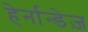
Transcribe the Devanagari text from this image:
हेर्नान्डेज़